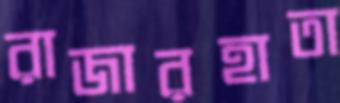
রাজারহাতা